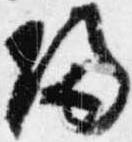
帰